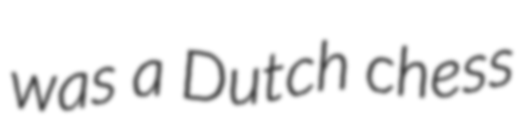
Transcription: was a Dutch chess